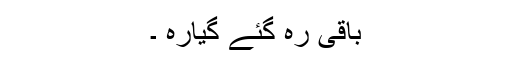
باقی رہ گئے گیارہ ۔